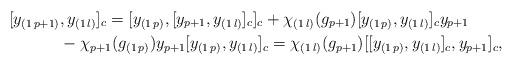
LaTeX: \begin{align*}[y_{(1\,p+1)}&,y_{(1\,l)}]_c=[y_{(1\,p)},[y_{p+1},y_{(1\,l)}]_c]_c+\chi_{(1\,l)}(g_{p+1})[y_{(1\,p)},y_{(1\,l)}]_cy_{p+1}\\&-\chi_{p+1}(g_{(1\,p)})y_{p+1}[y_{(1\,p)},y_{(1\,l)}]_c=\chi_{(1\,l)}(g_{p+1})[[y_{(1\,p)} ,y_{(1\,l)}]_c, y_{p+1}]_c,\end{align*}